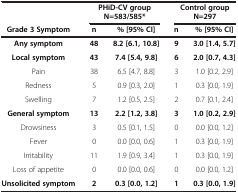
<table><thead><tr><td><b> </b></td><td colspan="2"><b>PHiD-CV group N=583/585*</b></td><td colspan="2"><b>Control group N=297</b></td></tr><tr><td><b>Grade 3 Symptom</b></td><td><b>n</b></td><td><b>% [95% CI]</b></td><td><b>n</b></td><td><b>% [95% CI]</b></td></tr></thead><tbody><tr><td><b>Any symptom</b></td><td><b>48</b></td><td><b>8.2 [6.1, 10.8]</b></td><td><b>9</b></td><td><b>3.0 [1.4, 5.7]</b></td></tr><tr><td><b>Local symptom</b></td><td><b>43</b></td><td><b>7.4 [5.4, 9.8]</b></td><td><b>6</b></td><td><b>2.0 [0.7, 4.3]</b></td></tr><tr><td>Pain</td><td>38</td><td>6.5 [4.7, 8.8]</td><td>3</td><td>1.0 [0.2, 2.9]</td></tr><tr><td>Redness</td><td>5</td><td>0.9 [0.3, 2.0]</td><td>1</td><td>0.3 [0.0, 1.9]</td></tr><tr><td>Swelling</td><td>7</td><td>1.2 [0.5, 2.5]</td><td>2</td><td>0.7 [0.1, 2.4]</td></tr><tr><td><b>General symptom</b></td><td><b>13</b></td><td><b>2.2 [1.2, 3.8]</b></td><td><b>3</b></td><td><b>1.0 [0.2, 2.9]</b></td></tr><tr><td>Drowsiness</td><td>3</td><td>0.5 [0.1, 1.5]</td><td>0</td><td>0.0 [0.0, 1.2]</td></tr><tr><td>Fever</td><td>0</td><td>0.0 [0.0, 0.6]</td><td>1</td><td>0.3 [0.0, 1.9]</td></tr><tr><td>Irritability</td><td>11</td><td>1.9 [0.9, 3.4]</td><td>1</td><td>0.3 [0.0, 1.9]</td></tr><tr><td>Loss of appetite</td><td>0</td><td>0.0 [0.0, 0.6]</td><td>0</td><td>0.0 [0.0, 1.2]</td></tr><tr><td><b>Unsolicited symptom</b></td><td><b>2</b></td><td><b>0.3 [0.0, 1.2]</b></td><td><b>1</b></td><td><b>0.3 [0.0, 1.9]</b></td></tr></tbody></table>